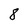
Character: 8